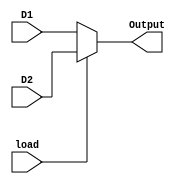
`timescale 1ns / 1ps
//////////////////////////////////////////////////////////////////////////////////
// 
// 
// Module Name: nbit_mux.v
// Project Name: Single Cycle RISC-V Processor
// Description: This is the Multiplexer Module, that controls the second input to the ALU.
// 
// Change History: 11/3/2022 - Implemented the module.
//////////////////////////////////////////////////////////////////////////////////


module nbit_mux#(parameter N=8)(input load,input[N-1:0] D1,input[N-1:0] D2,output[N-1:0] Output);

assign Output = load? D2:D1;

endmodule